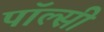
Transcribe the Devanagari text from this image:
पॉल्सी